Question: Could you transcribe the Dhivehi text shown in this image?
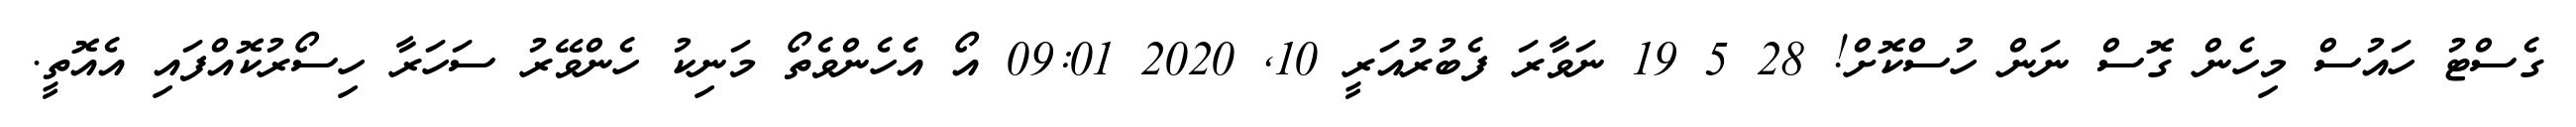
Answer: ގެސްޓު ހައުސް މިހެން ގޮސް ނަން ހުސްކޮށް! 28 5 19 ނަވާރަ ފެބުރުއަރީ 10, 2020 09:01 އޯ އެހެންވެތޯ މަނިކު ހެންވޭރު ސަހަރާ ހިސޯރުކޮއްފައި އެއޮތީ.